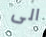
الى